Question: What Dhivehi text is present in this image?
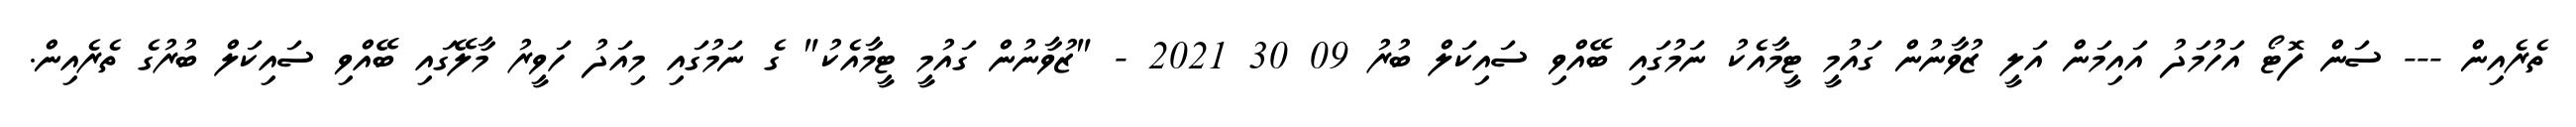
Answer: ތެރެއިން --- ސަން ފޮޓޯ އަހުމަދު އައިމަން އަލީ ޒުވާނުން ގައުމީ ޓީމާއެކު ނަމުގައި ބޭއްވި ސައިކަލް ބުރު 09 30 2021 - "ޒުވާނުން ގައުމީ ޓީމާއެކު" ގެ ނަމުގައި މިއަދު ހަވީރު މާލޭގައި ބޭއްވި ސައިކަލް ބުރުގެ ތެރެއިން.